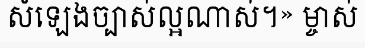
សំឡេងច្បាស់ល្អណាស់។» ម្ចាស់